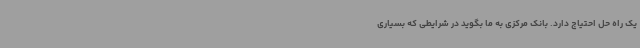
یک راه حل احتیاج دارد. بانک مرکزی به ما بگوید در شرایطی که بسیاری